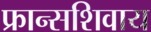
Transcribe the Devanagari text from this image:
फ्रान्सशिवाय